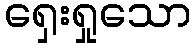
ရှေးရှုသော